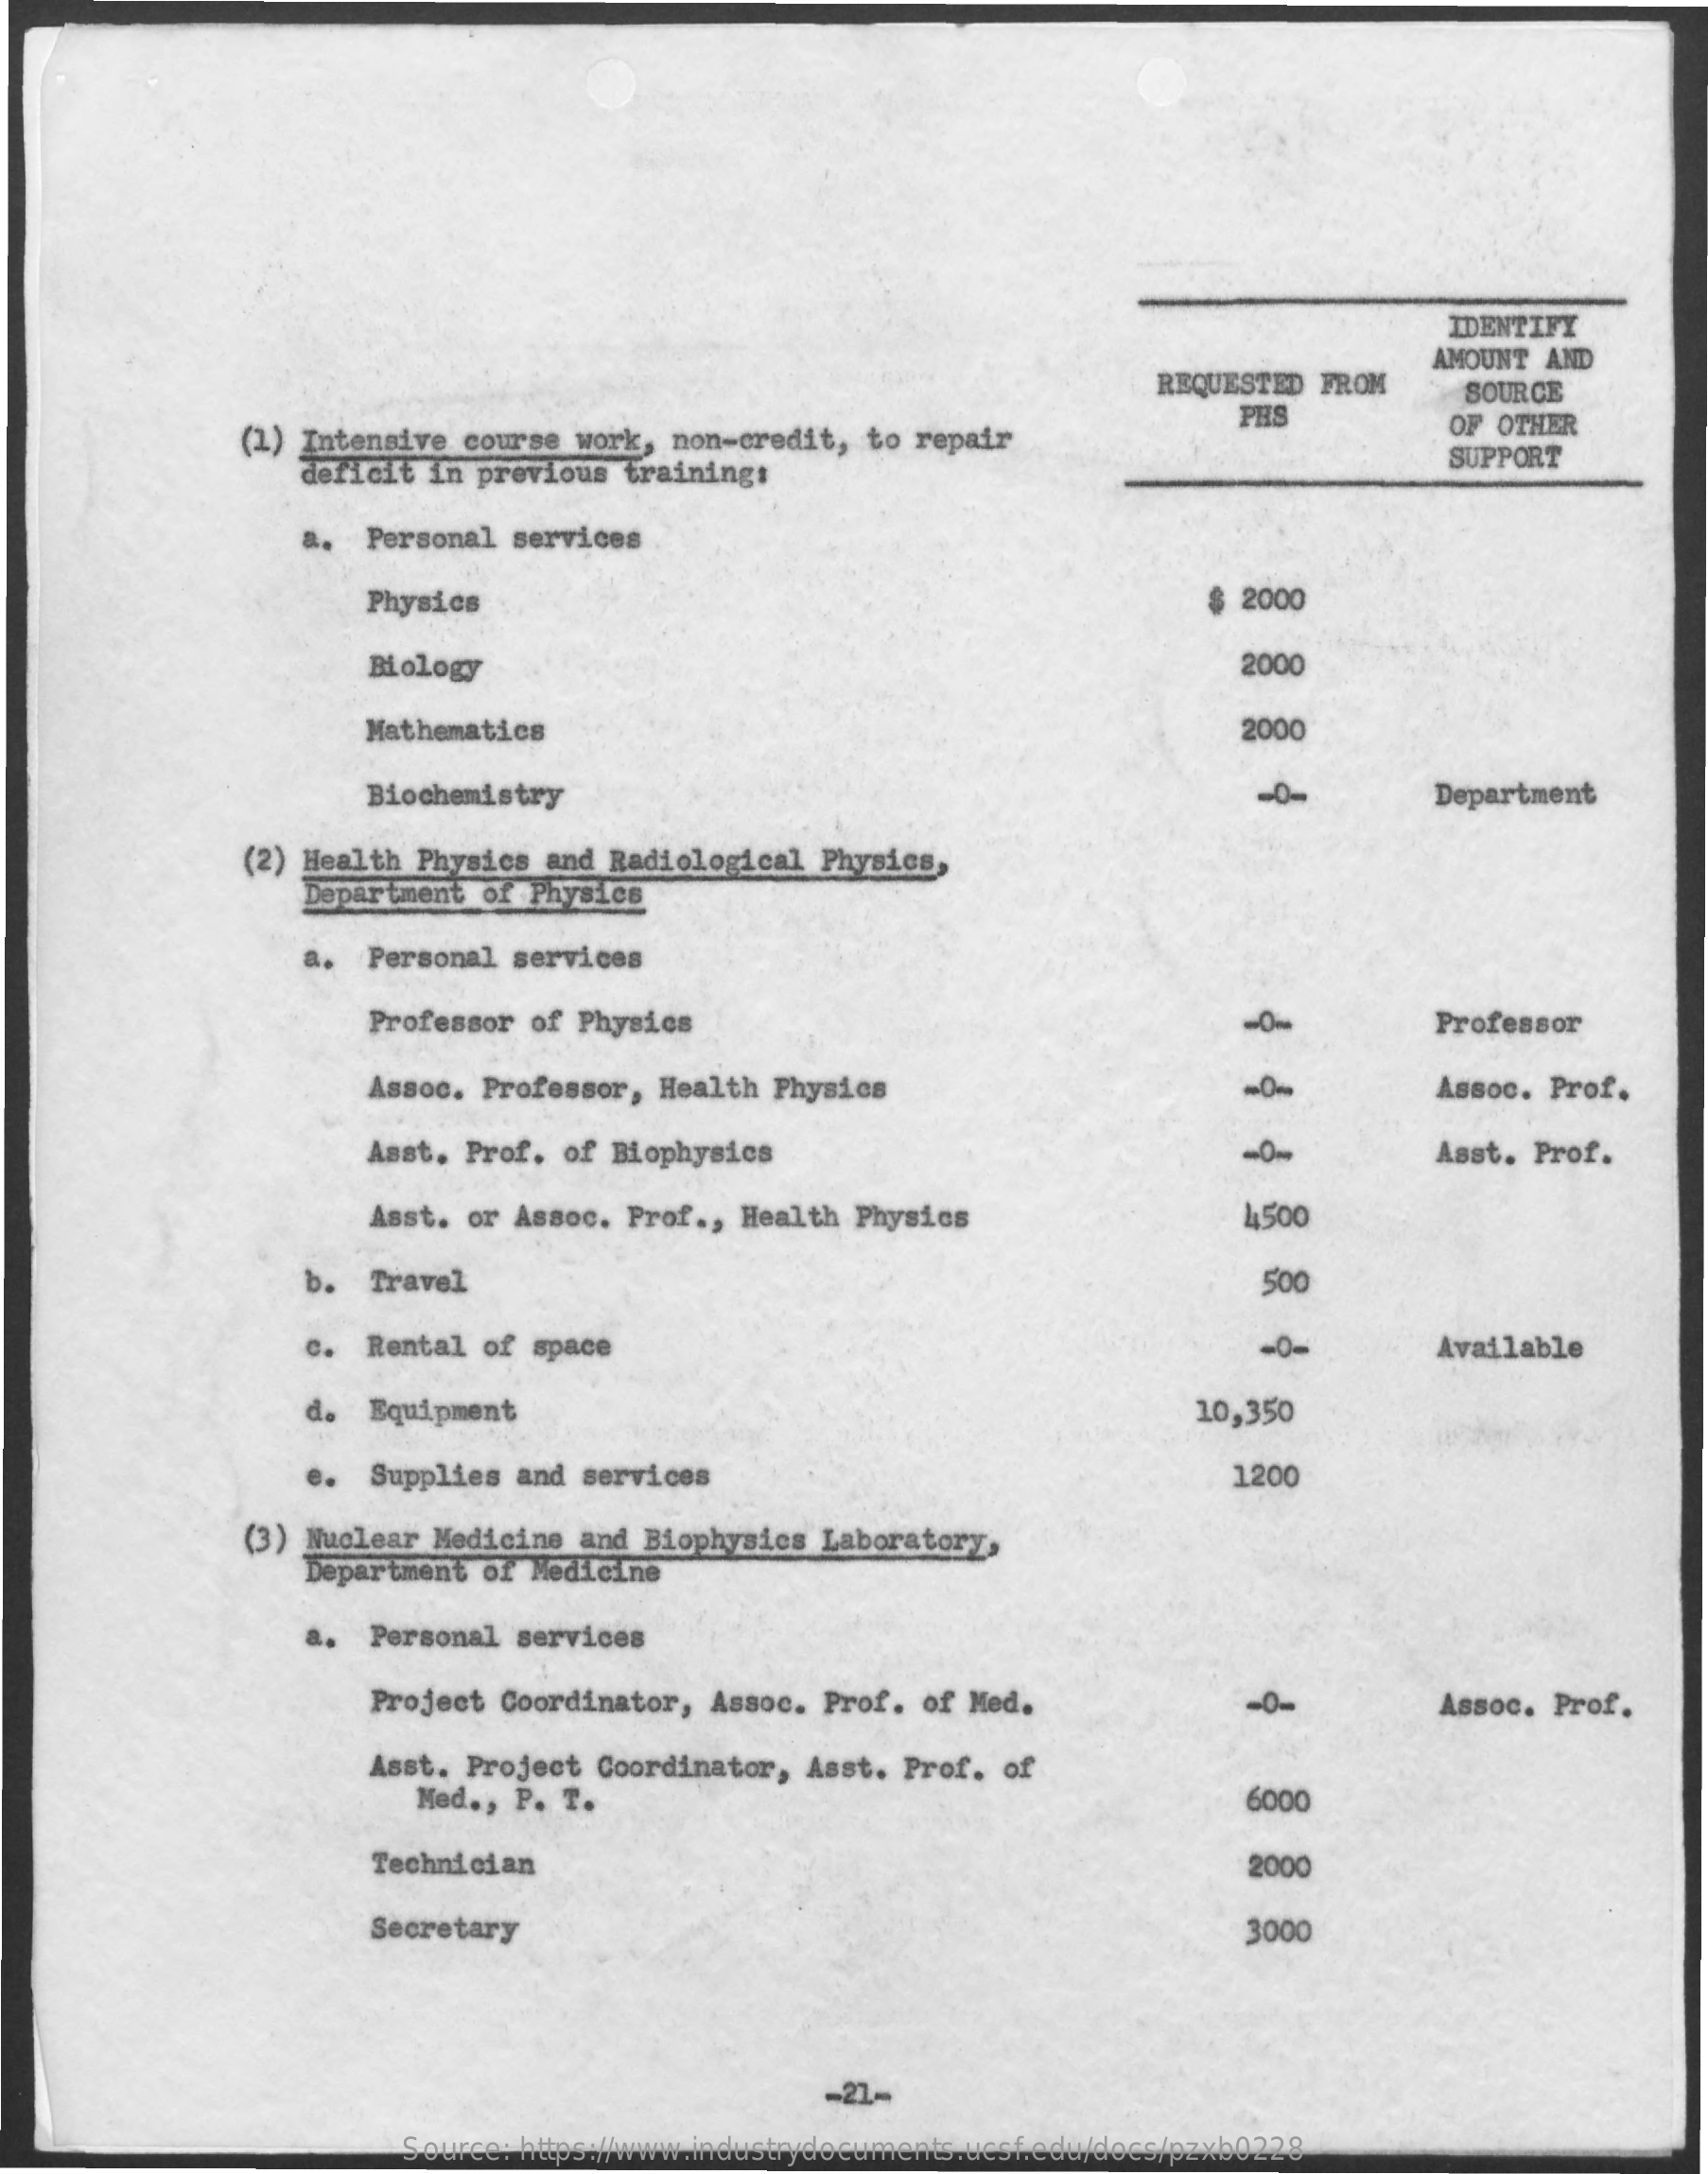
IDENTIFY
     REQUESTED  FROM
     AMOUNT AND
     PHS
     SOURCE
     (1) Intensive course  work, non-credit,  to repair    OF OTHER
     deficit in previous  training:
     SUPPORT
     a.  Personal  services
     Physics    $ 2000
     Biology    2000
     Mathematics    2000
     Biochemistry    -0-    Department
     (2) Health Physics  and Radiological  Physics,
     Department  of Physics
     a.  Personal  services
     Professor  of Physics    -0    Professor
     Assoc.  Professor, Health  Physics    -0%    Assoc. Prof.
     Asst. Prof.  of Biophysics    -0-    Asst. Prof.
     Asst.  or Assoc. Prof ., Health Physics    4500
     b.  Travel    500
     c.  Rental  of space    -0-    Available
     d.  Equipment    10,350
     e.  Supplies  and services    1200
     (3) Nuclear Medicine  and Biophysics  Laboratory,
     Department  of Medicine
     a.  Personal  services
     Project  Coordinator,  Assoc. Prof. of Med.    -0-    Assoc. Prof.
     Asst. Project  Coordinator,  Asst. Prof.  of
     Med ., P. T.    6000
     Technician    2000
     Secretary    3000
     -21-
     Source: https://www.industrydocuments.ucsf.edu/docs/pzxb0228